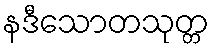
နဒီသောတသုတ္တ